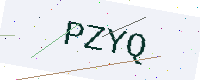
Text: PZYQ